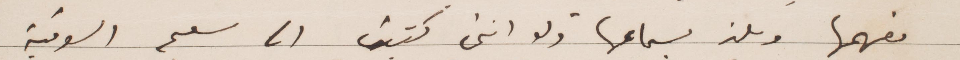
يفهمها ولمن يسماعها ولو انني كتبت انا سلم الوقية